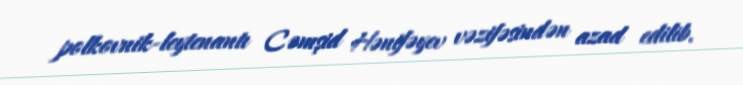
polkovnik-leytenantı Cəmşid Hənifəyev vəzifəsindən azad edilib.